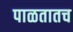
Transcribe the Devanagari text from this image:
पाळतातच